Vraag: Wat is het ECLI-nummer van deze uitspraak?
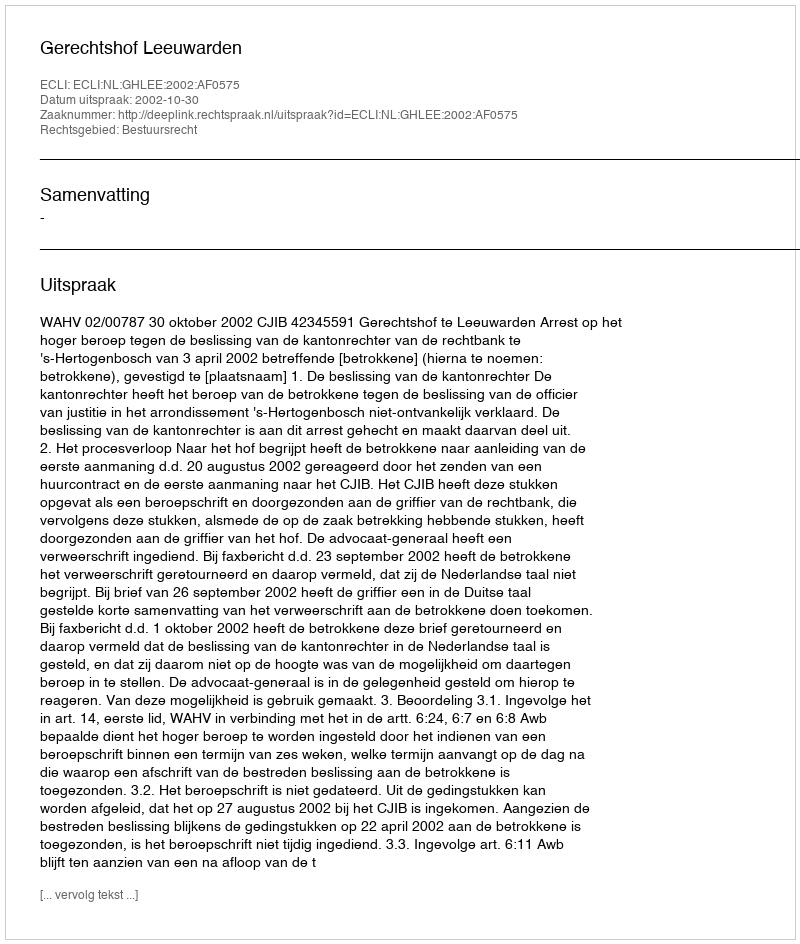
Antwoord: ECLI:NL:GHLEE:2002:AF0575